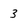
Character: 3